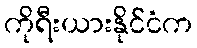
ကိုရီးယားနိုင်ငံက